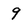
Character: 9